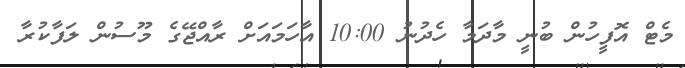
މެޓް އޮފީހުން ބުނީ މާދަމާ ހެދުނު 10:00 އާހަމައަށް ރާއްޖޭގެ މޫސުން ލަފާކުރާ